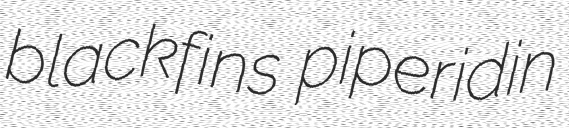
blackfins piperidin